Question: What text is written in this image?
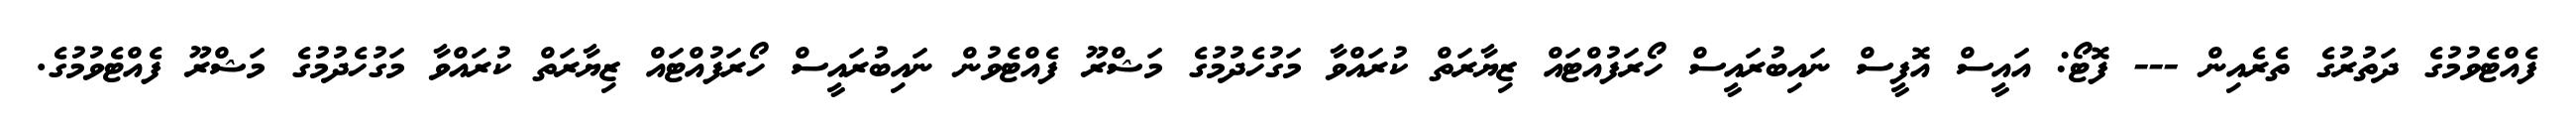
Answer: ފެއްޓެވުމުގެ ދަތުރުގެ ތެރެއިން --- ފޮޓޯ: އައީސް އޮފީސް ނައިބުރައީސް ހޯރަފުއްޓައް ޒިޔާރަތް ކުރައްވާ މަގުހެދުމުގެ މަޝްރޫ ފެއްޓެވުން ނައިބުރައީސް ހޯރަފުއްޓައް ޒިޔާރަތް ކުރައްވާ މަގުހެދުމުގެ މަޝްރޫ ފެއްޓެވުމުގެ.